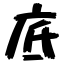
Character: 底